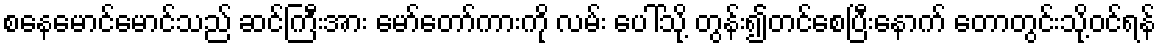
စနေမောင်မောင်သည် ဆင်ကြီးအား မော်တော်ကားကို လမ်း ပေါ်သို့ တွန်း၍တင်စေပြီးနောက် တောတွင်းသို့ဝင်ရန်